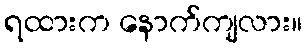
ရထားက နောက်ကျလား။